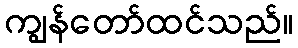
ကျွန်တော်ထင်သည်။